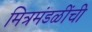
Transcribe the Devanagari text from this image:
मित्रमंडळींची